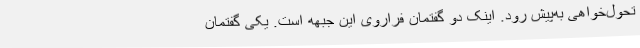
تحول‌خواهی به‌پیش رود. اینک دو گفتمان فراروی این جبهه است. یکی گفتمان